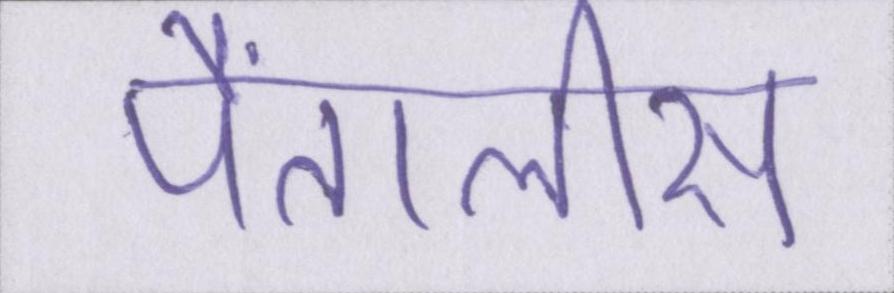
पैंतालीस